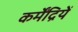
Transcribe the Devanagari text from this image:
कर्मेंद्रियें